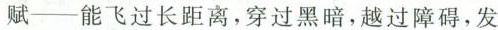
赋--能飞过长距离，穿过黑暗，越过障碍，发